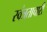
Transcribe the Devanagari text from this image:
स्वंत्रताचारी